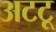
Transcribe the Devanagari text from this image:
अटटू